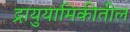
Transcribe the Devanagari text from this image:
द्रायुयामिकीतील